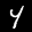
Label: 4